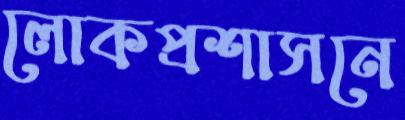
লোকপ্রশাসনে